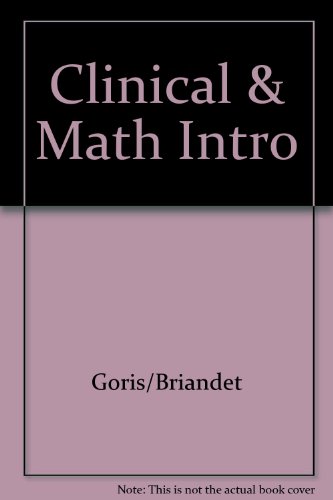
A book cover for Clinical and Mathematical Introduction to Computer Processing of Scintigraphic Images; Michael L. Goris; Medical Books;